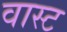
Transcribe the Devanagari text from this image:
वास्ट